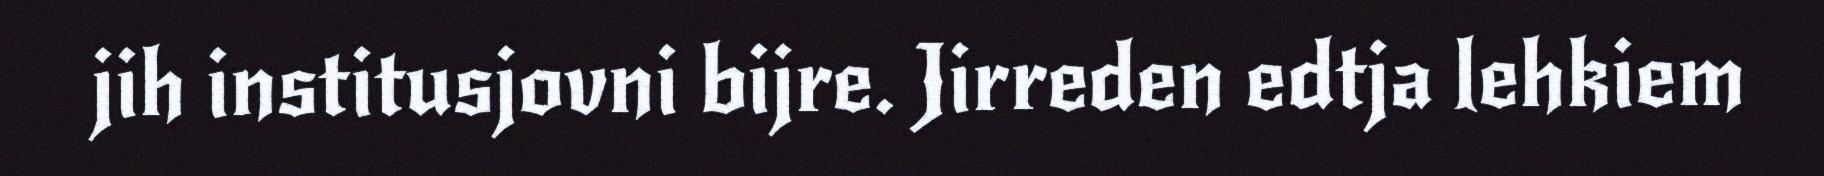
jih institusjovni bijre. Jirreden edtja lehkiem